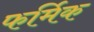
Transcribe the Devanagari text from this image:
फर्मिक